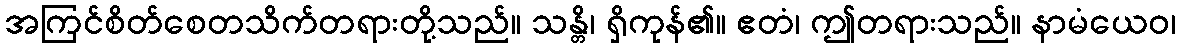
အကြင်စိတ်စေတသိက်တရားတို့သည်။ သန္တိ၊ ရှိကုန်၏။ ဧတံ၊ ဤတရားသည်။ နာမံယေဝ၊